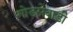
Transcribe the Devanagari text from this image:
गोडसेवाडी